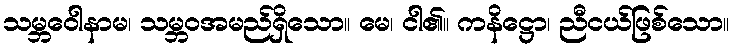
သမ္ဘဝေါနာမ၊ သမ္ဘဝအမည်ရှိသော။ မေ၊ ငါ၏။ ကနိဋ္ဌော၊ ညီငယ်ဖြစ်သော။